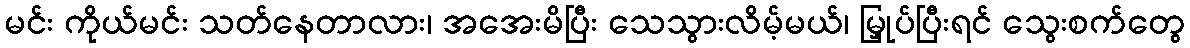
မင်း ကိုယ်မင်း သတ်နေတာလား၊ အအေးမိပြီး သေသွားလိမ့်မယ်၊ မြှုပ်ပြီးရင် သွေးစက်တွေ